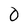
Character: 0